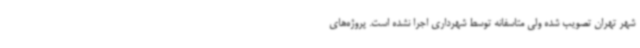
شهر تهران تصویب شده ولی متاسفانه توسط شهرداری اجرا نشده است. پروژه‌های